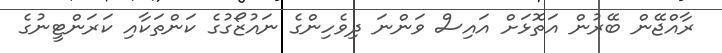
ރާއްޖޭން ބޭރުން އަތޮޅަށް އައިސް ވަންނަ ދިވެހިންގެ ނައުޒޯގުގެ ކަންތަކާއި ކަރަންޓީނުގެ